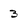
Character: 3